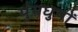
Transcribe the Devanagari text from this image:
पुंमधुपों